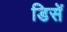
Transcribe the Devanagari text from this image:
डिसें